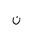
Letter: _non